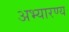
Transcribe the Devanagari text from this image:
अभ्यारण्य